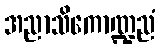
အညာသိကောဏ္ဍညံ